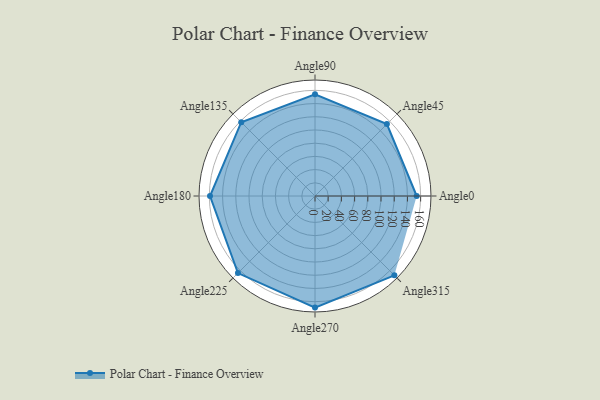
{"axis": {"x": "Angle", "y": "Radius"}, "legend": [""], "data": [{"x": "Angle0", "y": 154.0, "type": ""}, {"x": "Angle45", "y": 154.0, "type": ""}, {"x": "Angle90", "y": 154.0, "type": ""}, {"x": "Angle135", "y": 158.0, "type": ""}, {"x": "Angle180", "y": 159.0, "type": ""}, {"x": "Angle225", "y": 165.0, "type": ""}, {"x": "Angle270", "y": 169.0, "type": ""}, {"x": "Angle315", "y": 170.0, "type": ""}]}